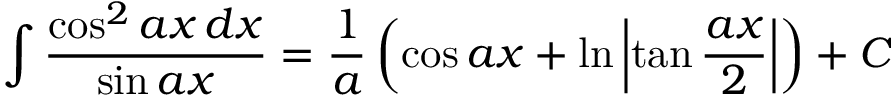
\int { \frac { \cos ^ { 2 } a x \, d x } { \sin a x } } = { \frac { 1 } { a } } \left( \cos a x + \ln \left| \tan { \frac { a x } { 2 } } \right| \right) + C